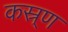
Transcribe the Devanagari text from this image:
कस्र्ण